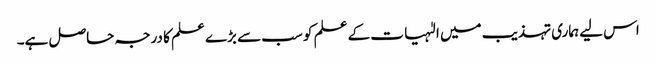
اس لیے ہماری تہذیب میں الٰہیات کے علم کو سب سے بڑے علم کا درجہ حاصل ہے۔